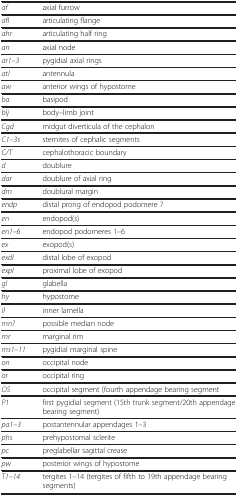
| af | axial furrow |
 | --- | --- |
 | afl | articulating flange |
 | ahr | articulating half ring |
 | an | axial node |
 | ar1–3 | pygidial axial rings |
 | atl | antennula |
 | aw | anterior wings of hypostome |
 | ba | basipod |
 | blj | body–limb joint |
 | Cgd | midgut diverticula of the cephalon |
 | C1–3s | sternites of cephalic segments |
 | C/T | cephalothoracic boundary |
 | d | doublure |
 | dar | doublure of axial ring |
 | dm | doublural margin |
 | endp | distal prong of endopod podomere 7 |
 | en | endopod(s) |
 | en1–6 | endopod podomeres 1–6 |
 | ex | exopod(s) |
 | exdl | distal lobe of exopod |
 | expl | proximal lobe of exopod |
 | gl | glabella |
 | hy | hypostome |
 | il | inner lamella |
 | mn? | possible median node |
 | mr | marginal rim |
 | ms1–11 | pygidial marginal spine |
 | on | occipital node |
 | or | occipital ring |
 | OS | occipital segment (fourth appendage bearing segment |
 | P1 | first pygidial segment (15th trunk segment/20th appendage bearing segment) |
 | pa1–3 | postantennular appendages 1–3 |
 | phs | prehypostomal sclerite |
 | pc | preglabellar sagittal crease |
 | pw | posterior wings of hypostome |
 | T1–14 | tergites 1–14 (tergites of fifth to 19th appendage bearing segments) |